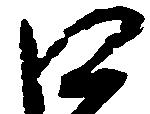
口